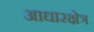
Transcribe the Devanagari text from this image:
आधारक्षेत्र